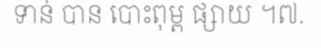
ទាន់ បាន បោះពុម្ព ផ្សាយ ។៧.